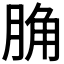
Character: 𦛲